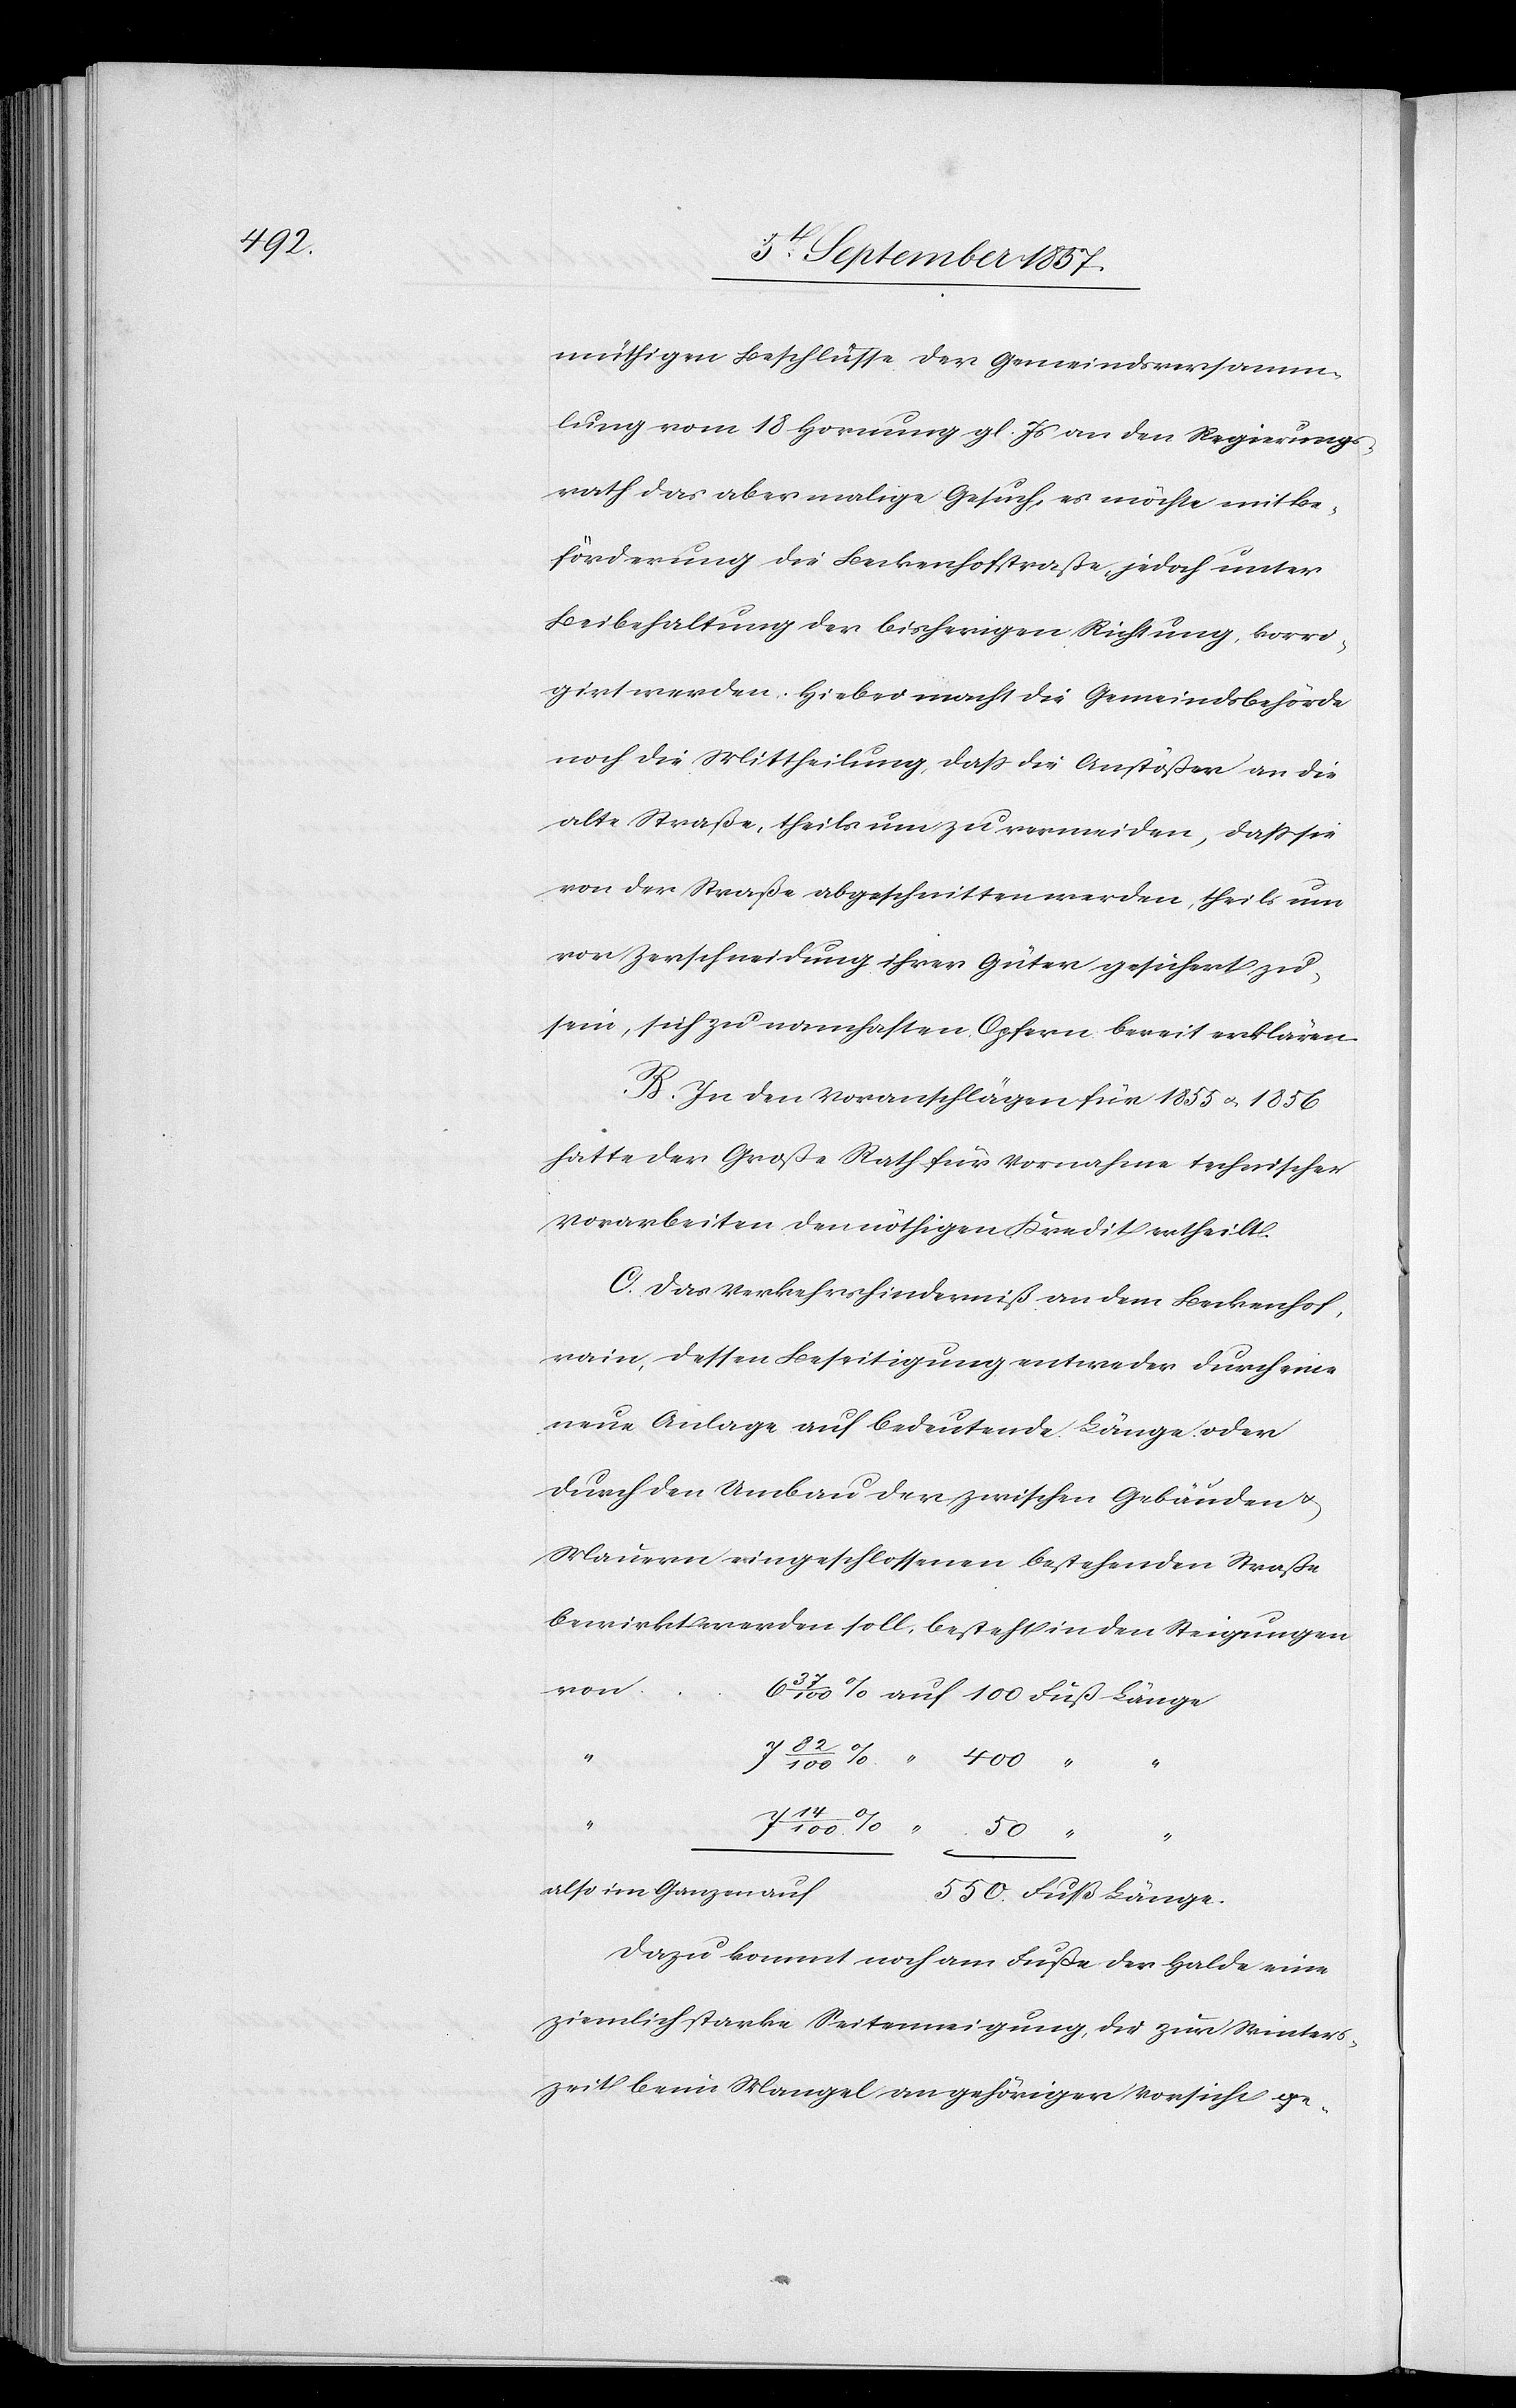
müthigen Beschlüsse der Gemeindsversamm¬
lung vom 18 Hornung gl. Js. an den Regierungs¬
rath das abermalige Gesuch, es möchte mit Be¬
förderung die Beckenhofstraße, jedoch unter
Beibehaltung der bisherigen Richtung, korri¬
girt werden. Hiebei macht die Gemeindsbehörde
noch die Mittheilung, daß die Anstößer an die
alte Straße, theils um zu vermeiden, daß sie
von der Straße abgeschnitten werden, theils um
von Zerschneidung ihrer Güter gesichert zu
sein, sich zu namhaften Opfern bereit erklären.
B. In den Voranschlägen für 1855 & 1856
hatte der Große Rathe für Vornahme technischer
Vorarbeiten den nötigen Kredit ertheilt.
C. Das Verkehrshinderniß an dem Beckenhof¬
rain, dessen Beseitigung entweder durch eine
neue Anlage auf bedeutende Länge oder
durch den Umbau der zwischen Gebäuden &
Mauern eingeschlossenen bestehenden Straße
bewirkt werden soll, besteht in den Steigungen
von
50
also im Ganzen auf
550 Fuß Länge.
Dazu kommt noch am Fuße der Halde eine
ziemlich starke Seitenneigung, die zur Winters¬
zeit beim Mangel an gehöriger Vorsicht ge-